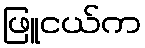
ဖြူငယ်က